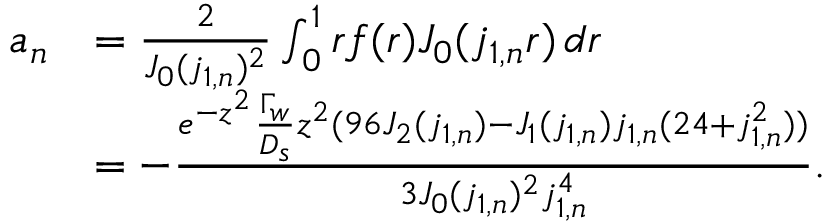
\begin{array} { r l } { a _ { n } } & { = \frac { 2 } { J _ { 0 } ( j _ { 1 , n } ) ^ { 2 } } \int _ { 0 } ^ { 1 } r f ( r ) J _ { 0 } ( j _ { 1 , n } r ) \, d r } \\ & { = - \frac { e ^ { - z ^ { 2 } } \frac { \Gamma _ { w } } { D _ { s } } z ^ { 2 } ( 9 6 J _ { 2 } ( j _ { 1 , n } ) - J _ { 1 } ( j _ { 1 , n } ) j _ { 1 , n } ( 2 4 + j _ { 1 , n } ^ { 2 } ) ) } { 3 J _ { 0 } ( j _ { 1 , n } ) ^ { 2 } j _ { 1 , n } ^ { 4 } } . } \end{array}